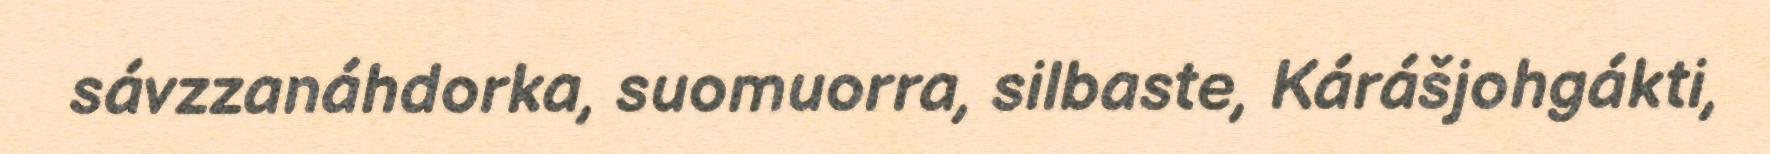
sávzzanáhdorka, suomuorra, silbaste, Kárášjohgákti,